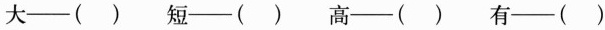
大—( )短—( )高—( )有—( )